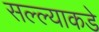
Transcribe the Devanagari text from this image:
सल्ल्याकडे